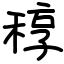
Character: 稕